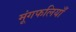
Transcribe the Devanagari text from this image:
मूंगफलियाँ